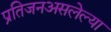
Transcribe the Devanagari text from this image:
प्रतिजनअसलेल्या